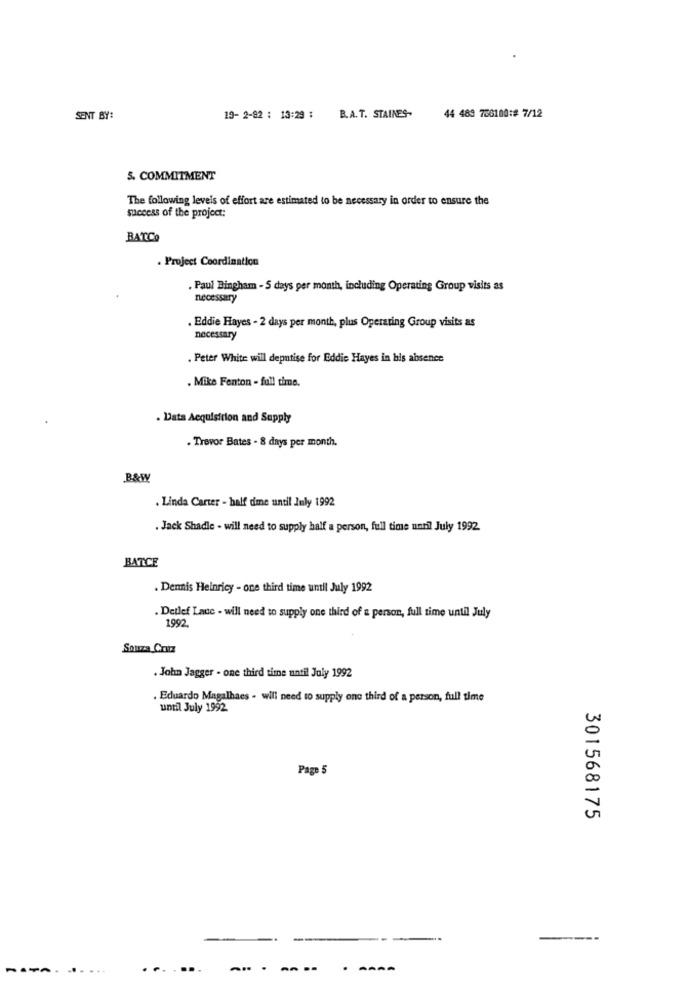
SENT BY:
19- 2-92 : 13:29 :
B.A. T. STAINES-
44 489 756100:# 7/12
5. COMMITMENT
The following levels of effort are estimated to be necessary in order to ensure the
success of the project:
BATCO
Project Coordination
. Paul Bingham - S days per month, including Operating Group visits as
necessary
. Eddie Hayes - 2 days per month, plus Operating Group visits as
necessary
. Peter White will deputise for Eddie Hayes in his absence
. Mike Fenton - full time.
. Data Acquisition and Supply
. Trevor Bates - 8 days per month.
B.&W
. Linda Carter - half dime until July 1992
. Jack Shadle - will need to supply half a person, full time until July 1992.
BATCE
. Dennis Heinricy - one third time until July 1992
. Detlef Laue - will need to supply one third of a person, full time until July
1992
Souza Coutz
. John Jagger - one third time until July 1992
.Eduardo Magalhaes - will need to supply one third of a person, full time
until July 1992.
Page 5
301568175
1
---
--